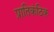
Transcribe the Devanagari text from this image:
प्रातिकंठिक